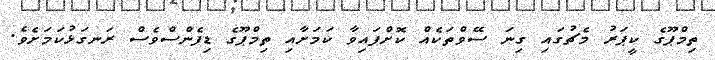
ތިމްޕޫގެ ކީޕަރު މެޗުގައި ގިނަ ސޭވްތަކެއް ކޮށްފައިވާ ކަމަށާއި ތިމްޕޫގެ ޑިފެންސްވެސް ރަނގަޅުކަމަށެވެ.